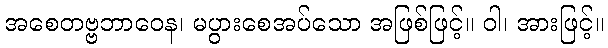
အစေတဗ္ဗဘာဝေန၊ မပွားစေအပ်သော အဖြစ်ဖြင့်။ ဝါ၊ အားဖြင့်။